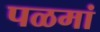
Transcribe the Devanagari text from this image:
पळमां